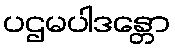
ပဌမပါဒန္တော